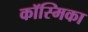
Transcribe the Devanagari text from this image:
कॉस्मिका